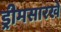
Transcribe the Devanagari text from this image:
ड्रीमसारखे